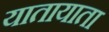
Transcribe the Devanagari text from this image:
यातायाता